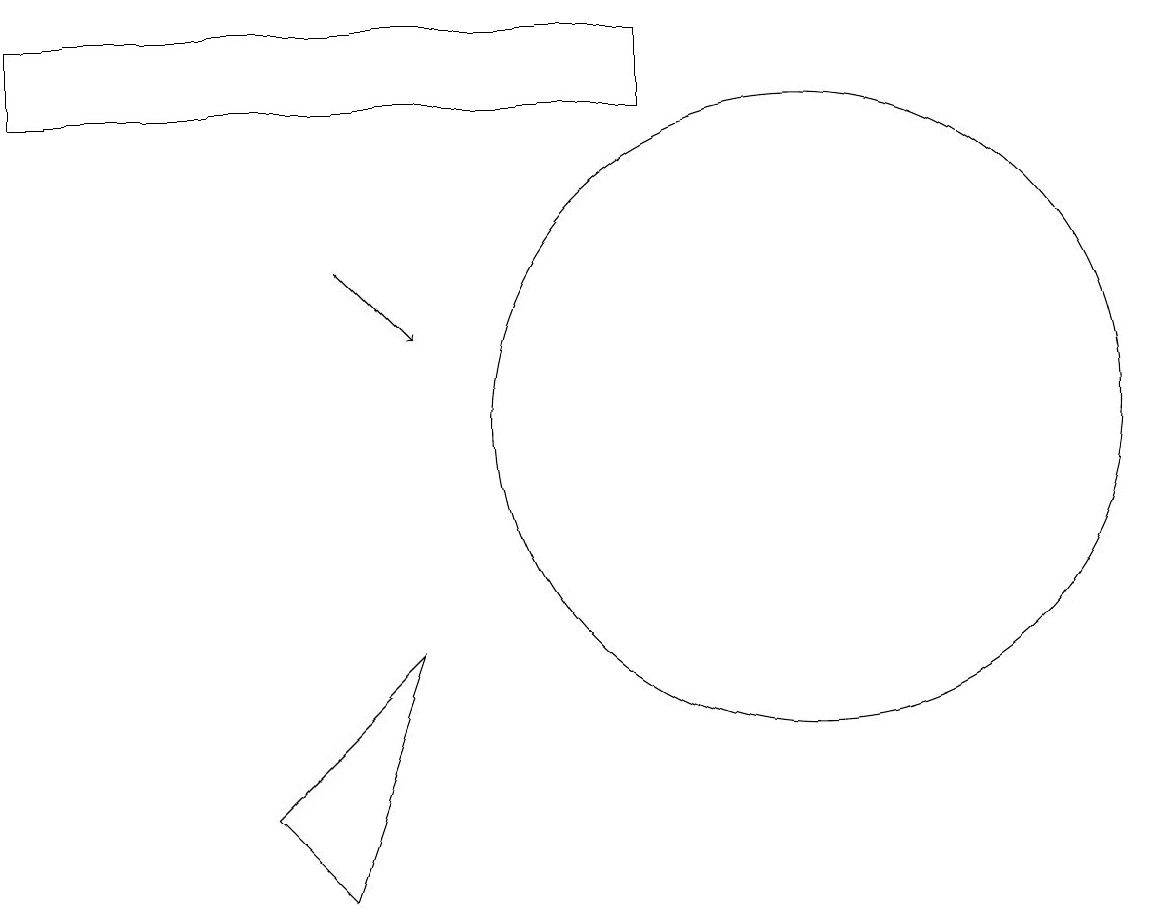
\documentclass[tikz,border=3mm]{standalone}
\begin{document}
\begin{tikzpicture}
\draw[->] (5,14) -- (6,13);
\draw (1,16) rectangle (9,17);
\draw (5,6) -- (4,7) -- (6,9) -- cycle;
\draw (11,12) circle (4);
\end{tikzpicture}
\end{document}